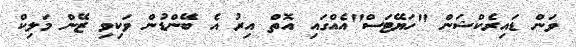
ވަން ޑައިރެކްޝަން "ހަޔޭޓަސް"އެއްގައި އޮތް އިރު އެ ބޭންޑުން ވަކިވި ޒޭން މަލިކް